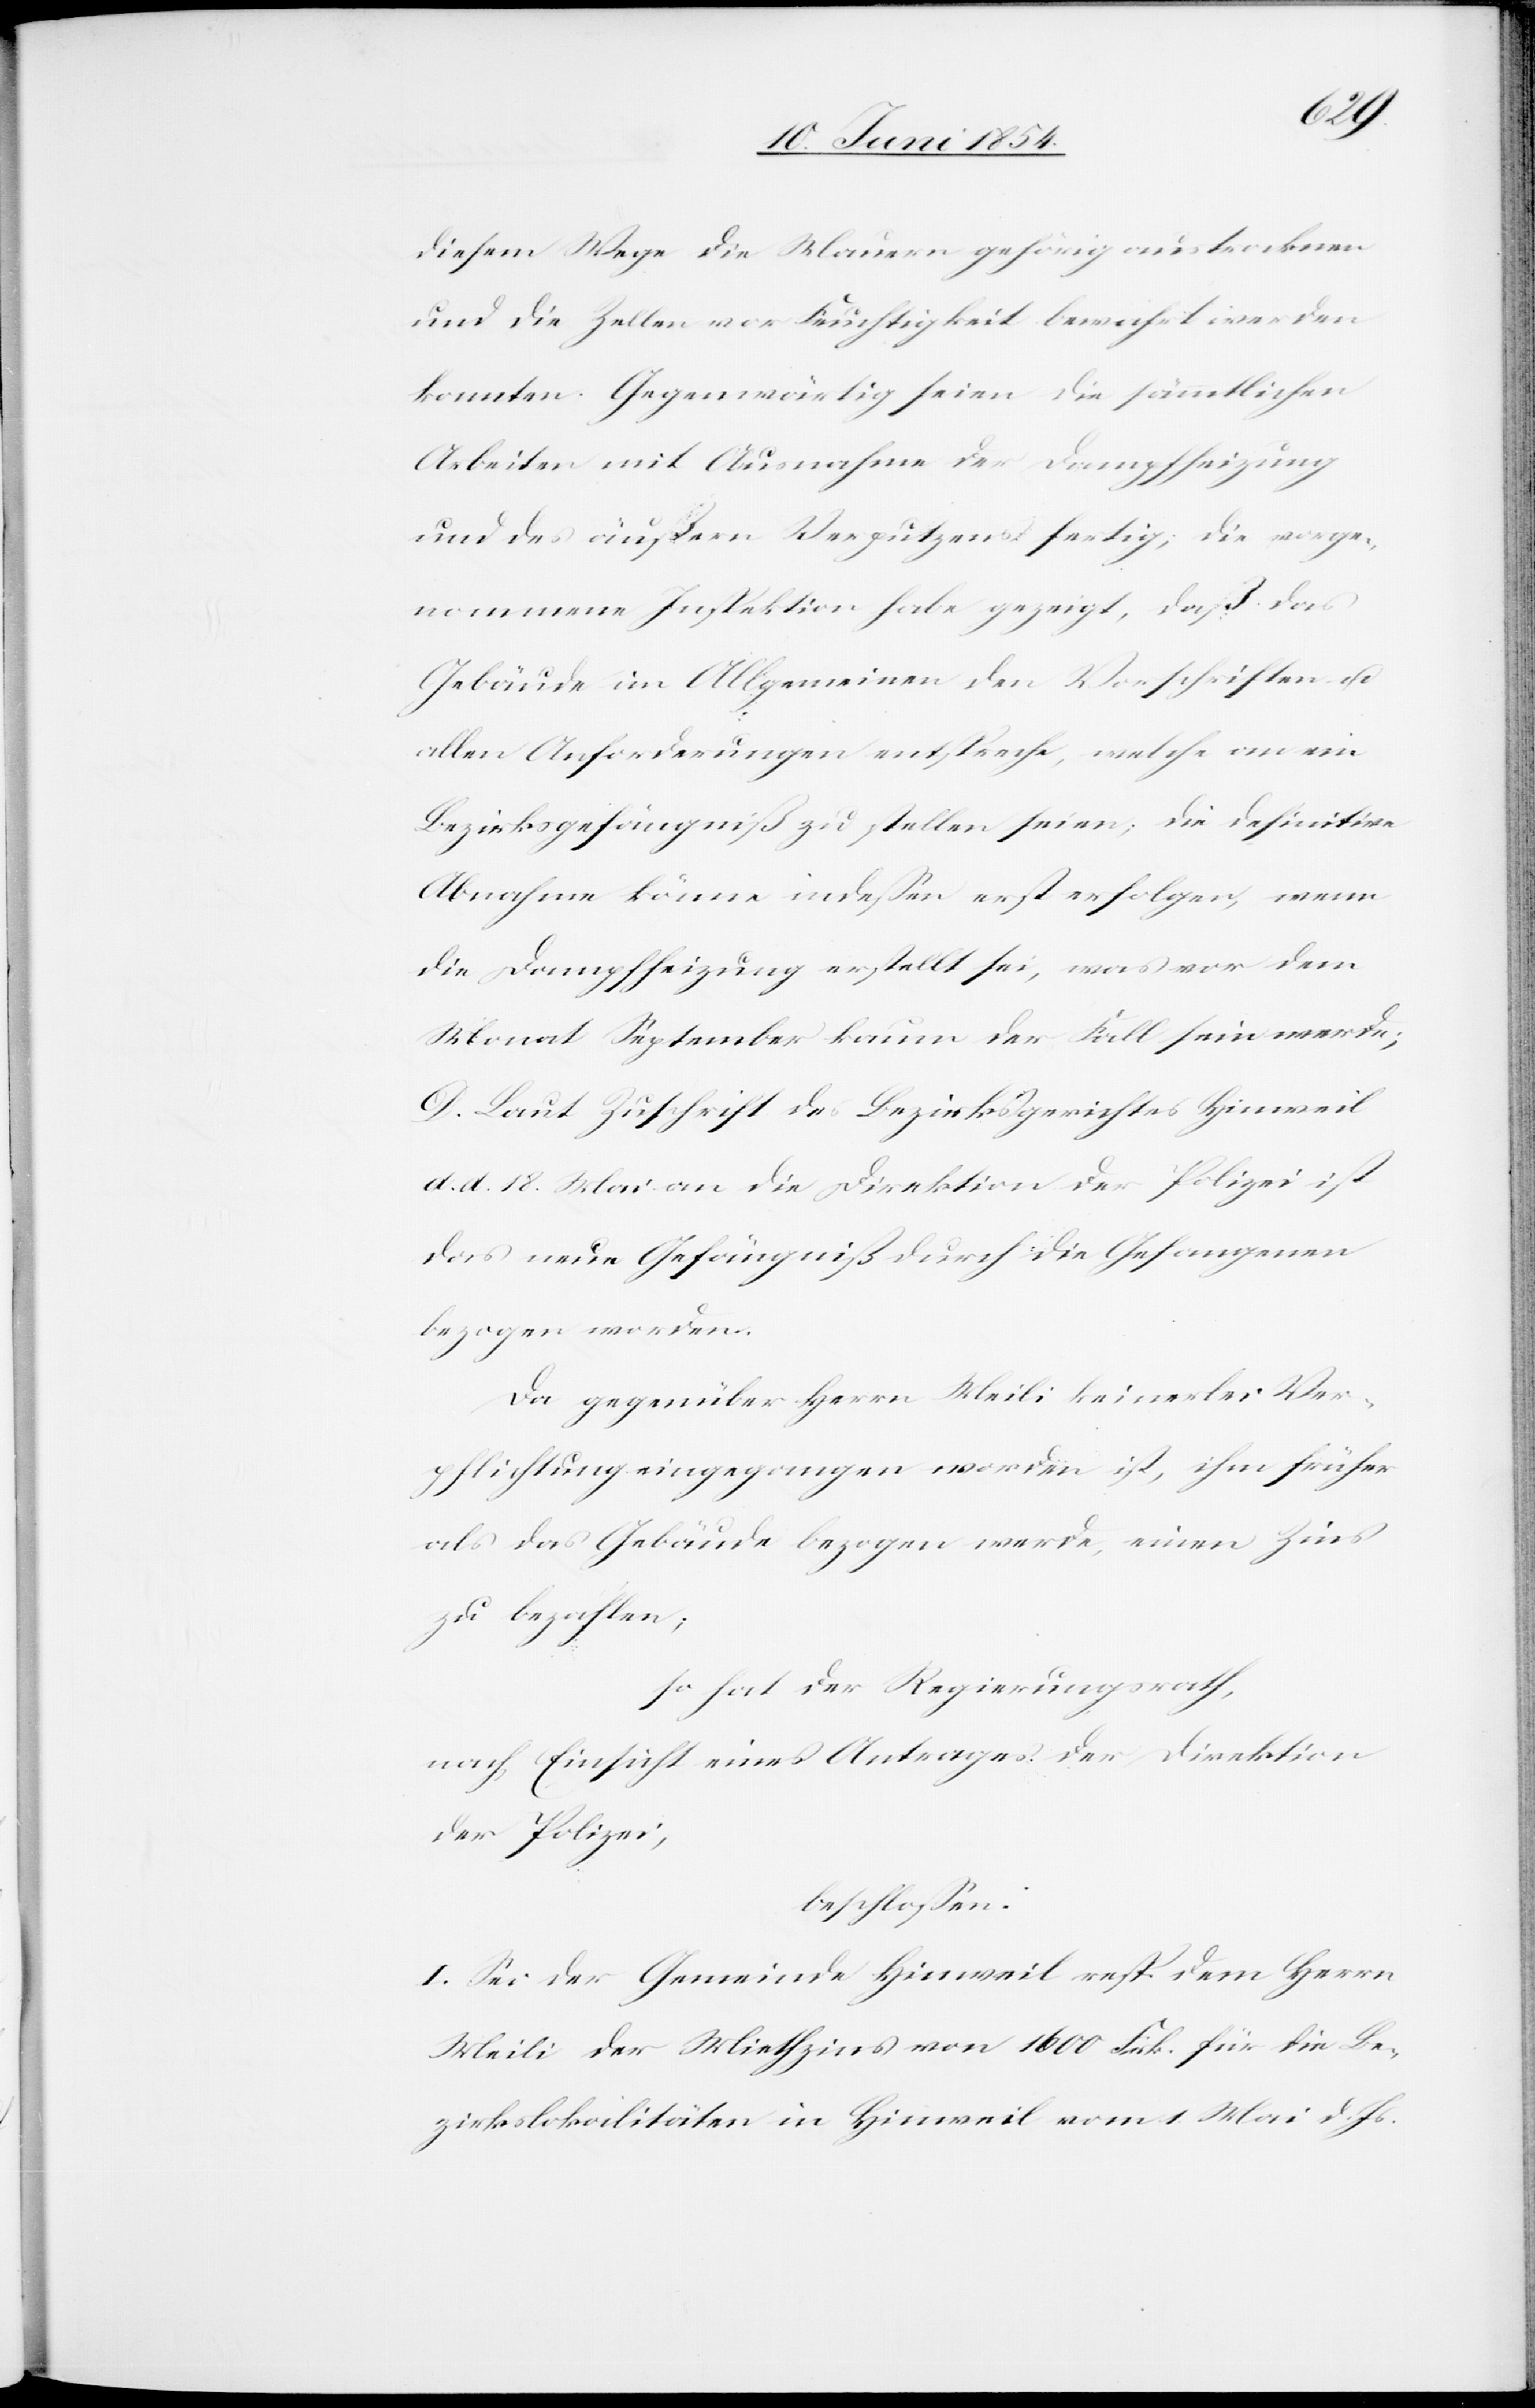
diesem Wege die Mauern gehörig austrocknen
und die Zellen vor Feuchtigkeit bewahrt werden
konnten. Gegenwärtig seien die sämmtlichen
Arbeiten mit Ausnahme der Dampfheizung
und des äußern Verputzens fertig; die vorge¬
nommene Inspektion habe gezeigt, daß das
Gebäude im Allgemeinen den Vorschriften u.
allen Anforderungen entspreche, welche an ein
Bezirksgefängniß zu stellen seien; die definitive
Abnahme könne indeßen erst erfolgen, wenn
die Dampfheizung erstellt sei, was vor dem
Monat September kaum der Fall sein werde;
D. Laut Zusicherung des Bezirksgerichtes Hinweil
d. d. 18. Mai an die Direktion der Polizei ist
das neue Gefängniß durch die Gefangenen
bezogen worden.
Da gegenüber Herrn Meili keinerlei Ver¬
pflichtung eingegangen worden ist, ihm früher
als das Gebäude bezogen werde, einen Zins
zu bezahlen;
so hat der Regierungsrath,
nach Einsicht eines Antrages der Direktion
der Polizei,
beschloßen:
I. Sei der Gemeinde Hinweil resp. dem Herrn
Meili der Miethzins von 1600 Frk. für die Be¬
zirkslokalitäten in Hinweil vom 1. Mai d. Js.